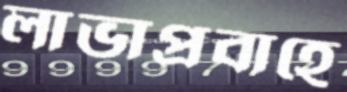
লাভাপ্রবাহে